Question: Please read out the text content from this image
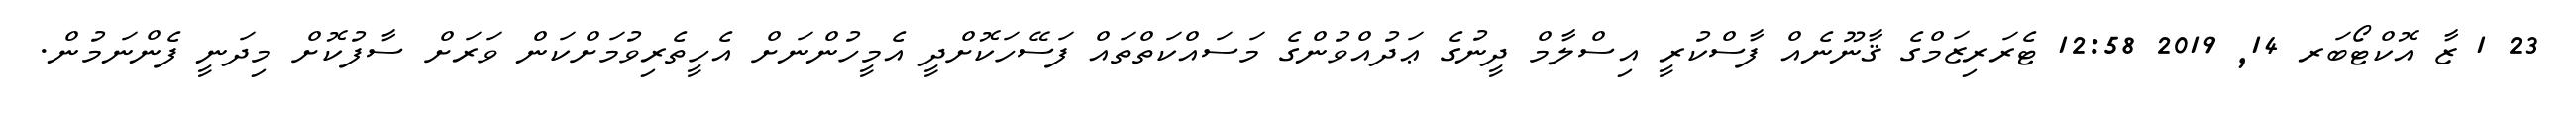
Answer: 23 1 ޒާ އޮކްޓޯބަރ 14, 2019 12:58 ޓެރަރިޒަމްގެ ޤާނޫނެއް ފާސްކުރީ އިސްލާމް ދީނުގެ ޢަދުއްވުންގެ މަސައްކަތްތައް ފަސޭހަކޮށްދީ އެމީހުންނަށް އެހީތެރިވުމަށްކަން ވަރަށް ސާފުކޮށް މިދަނީ ފެންނަމުން.